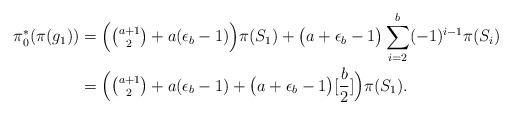
LaTeX: \begin{align*} \pi_0^*(\pi(g_1)) & = \Big(\tbinom{a+1}{2} + a(\epsilon_b-1) \Big)\pi(S_1) +\big( a+ \epsilon_b -1 \big) \sum\limits_{i=2}^{b} (-1)^{i-1} \pi(S_i) \\& =\Big(\tbinom{a+1}{2} + a(\epsilon_b-1) + \big( a+ \epsilon_b -1 \big)[\frac{b}{2}] \Big) \pi(S_1).\end{align*}